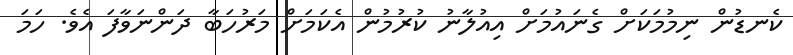
ކެނޑުން ނިމުމަކަށް ގެނައުމަށް އިއުލާނު ކުރުމުން އެކަމަށް މަރުހަބާ ދަންނަވާފަ އެވެ. ހަމަ